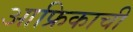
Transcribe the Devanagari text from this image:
आफ्रिकाची